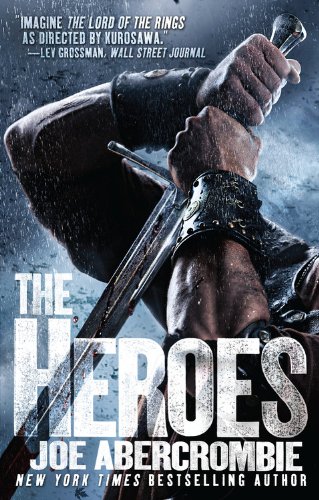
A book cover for The Heroes; Joe Abercrombie; Science Fiction & Fantasy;